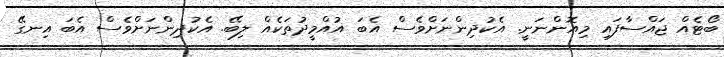
ބޯޓެއް ޖައްސާފައި މިއޮންނަނީ. އެކުދިންނަށްވެސް އެބަ އުއްމީދުތަކެއް ލިބޭ. އެކުދިންނަށްވެސް އެބަ އިނގޭ